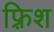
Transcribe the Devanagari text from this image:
फ़्रिश